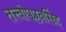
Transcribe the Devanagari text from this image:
तत्त्वोपप्लवसिंह